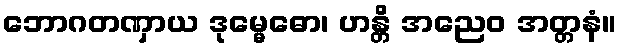
ဘောဂတဏှာယ ဒုမ္မေဓော၊ ဟန္တိ အညေဝ အတ္တနံ။